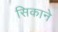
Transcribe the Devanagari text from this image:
सिकाने